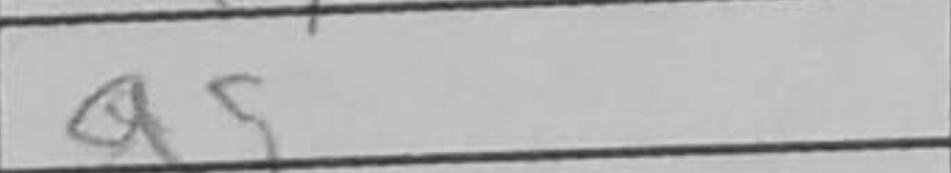
Transcription: a5